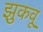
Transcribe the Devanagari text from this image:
झुकवू